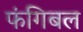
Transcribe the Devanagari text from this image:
फंगिबल